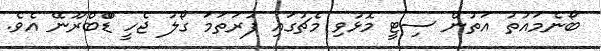
ބޯނެމައުތު އަތުން ސިޓީ މޮޅުވި މެޗުގައި ފުރަތަމަ ގޯލު ޖެހީ ޑްްބްރޫނޭ އެވެ.